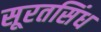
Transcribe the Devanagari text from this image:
सूरतसिंध